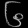
Digit: ၆